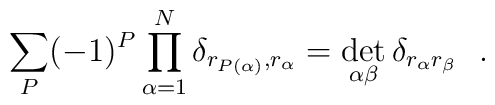
\sum_P (-1)^P\prod^N_{\alpha=1}\delta_{r_{P(\alpha)},r_\alpha}=\det_{\alpha\beta}\delta_{r_\alpha r_\beta}\ \ .